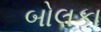
બોલકા